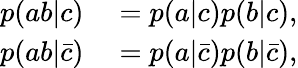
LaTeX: \begin{array}{rl}{p(ab|c)}&{{}=p(a|c)p(b|c),}\\ {p(ab|\bar{c})}&{{}=p(a|\bar{c})p(b|\bar{c}),}\end{array}